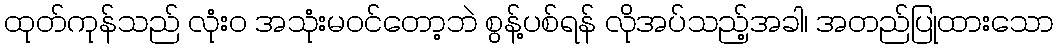
ထုတ်ကုန်သည် လုံးဝ အသုံးမဝင်တော့ဘဲ စွန့်ပစ်ရန် လိုအပ်သည့်အခါ၊ အတည်ပြုထားသော